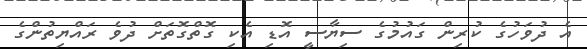
އެ ދުވަހުގެ ކުރިން ގައުމުގެ ސިޔާސީ އޮޑި އެކި ގޮތްގޮތަށް ދުވެ ރައްޔިތުންގެ